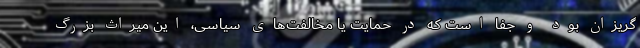
گریزان بود و جفا است که در حمایت یا مخالفت‌های سیاسی، این میراث بزرگ